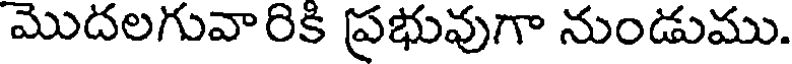
మొదలగువారికి ప్రభువుగా నుండుము.